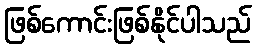
ဖြစ်ကောင်းဖြစ်နိုင်ပါသည်